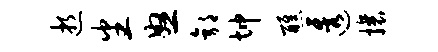
逝番怒郭坤醮透攘